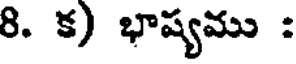
8. క) భాష్యము :